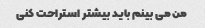
من می بینم باید بیشتر استراحت کنی